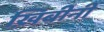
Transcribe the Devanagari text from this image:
ख़िबीनी